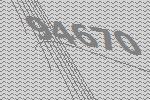
94670